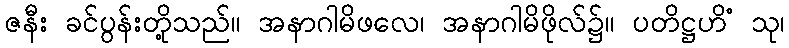
ဇနီး ခင်ပွန်းတို့သည်။ အနာဂါမိဖလေ၊ အနာဂါမိဖိုလ်၌။ ပတိဋ္ဌဟိံ သု၊